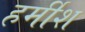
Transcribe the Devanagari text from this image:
हर्मीश